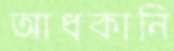
আধকানি